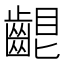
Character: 𪘟